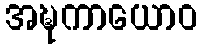
အဍ္ဎကာယောဝ